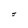
Character: J